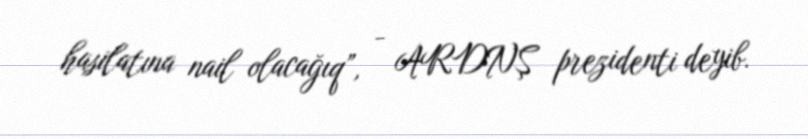
hasilatına nail olacağıq”, - ARDNŞ prezidenti deyib.